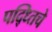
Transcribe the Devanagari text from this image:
पद्ध्तिचे